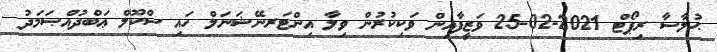
ޙުލާސާ ރިޕޯޓް 2021-02-25 ވަޒީފާއިން ވަކިކުރުން ވިލާ އިންޓަރނޭޝަނަލް ހައި ސްކޫލް ޢަބްދުއްޞަމަދު